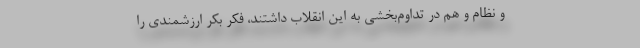
و نظام و هم در تداوم‌بخشی به این انقلاب داشتند، فکر بکر ارزشمندی را